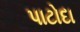
પાટોદા